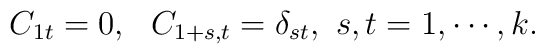
C_{1t}=0,~ ~C_{1+s,t}=\delta_{st}, ~s,t=1,\cdots,k.